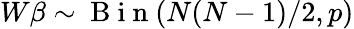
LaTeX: W\beta\sim\mathrm{~B~i~n~}(N(N-1)/2,p)